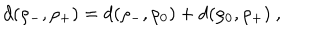
d ( \rho _ { - } , \rho _ { + } ) = d ( \rho _ { - } , \rho _ { 0 } ) + d ( \rho _ { 0 } , \rho _ { + } ) \ ,